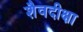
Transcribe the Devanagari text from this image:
शैवदीक्षा